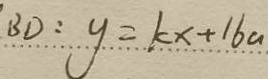
B D : y = k x + 1 6 a